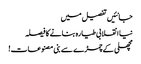
جانئیں تفصیل میں
نیا انقلابی طیارہ بنانے کا فیصلہ
مچھلی کے چمڑے سے بنی مصنوعات!